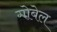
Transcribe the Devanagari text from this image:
गोबेल